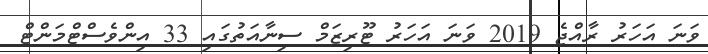
ވަނަ އަހަރު ރާއްޖެ 2019 ވަނަ އަހަރު ޓޫރިޒަމް ސިނާއަތުގައި 33 އިންވެސްޓްމަންޓް